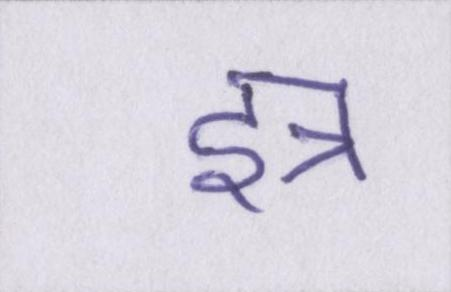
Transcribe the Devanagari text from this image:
इत्र